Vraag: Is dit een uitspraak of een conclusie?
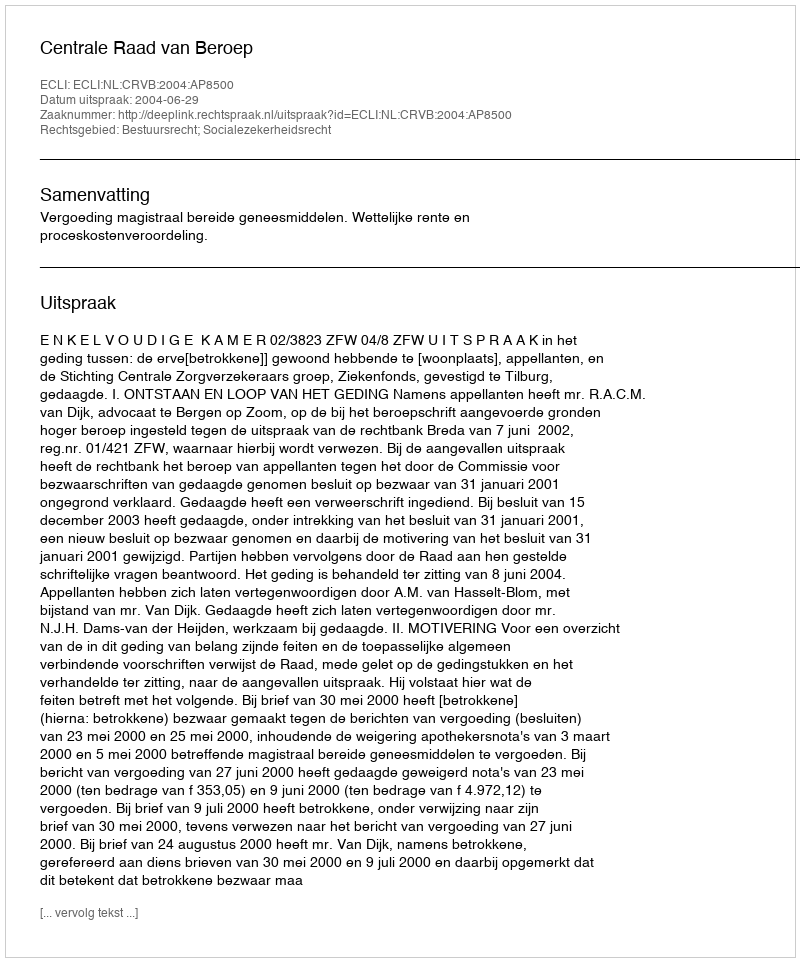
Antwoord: Uitspraak